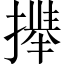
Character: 𫽻